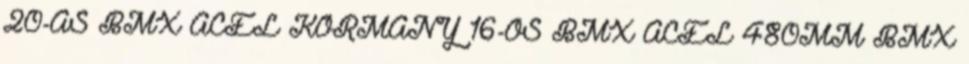
20-AS BMX ACÉL KORMÁNY 16-OS BMX ACÉL 480MM BMX